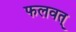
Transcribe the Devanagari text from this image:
फलवत्